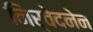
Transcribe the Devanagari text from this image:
निर्वेदनेन